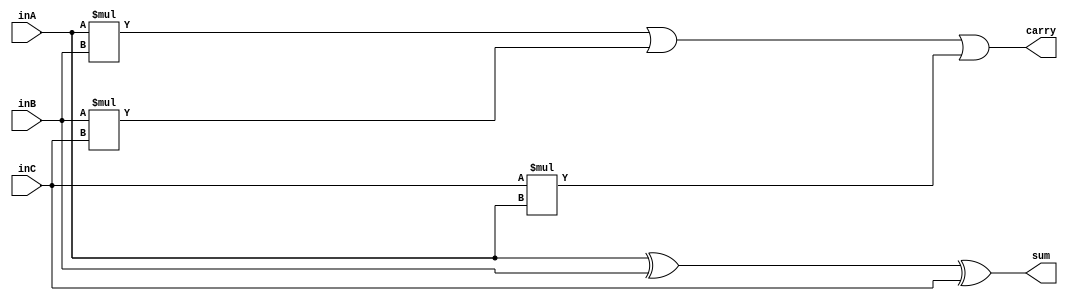
module full_adder(inA, inB, inC, sum, carry
	);

	// Assigning ports as in/out
	input inA, inB, inC;
	output sum, carry;

	// Logic
	
	/// sum = a^b^c
	xor(sum, inA, inB, inC);

	/// carry = ab | bc | ca
	assign carry = (inA*inB) | (inB*inC) | (inC*inA);

endmodule